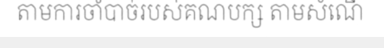
តាមការចាំបាច់របស់គណបក្ស តាមសំណើ